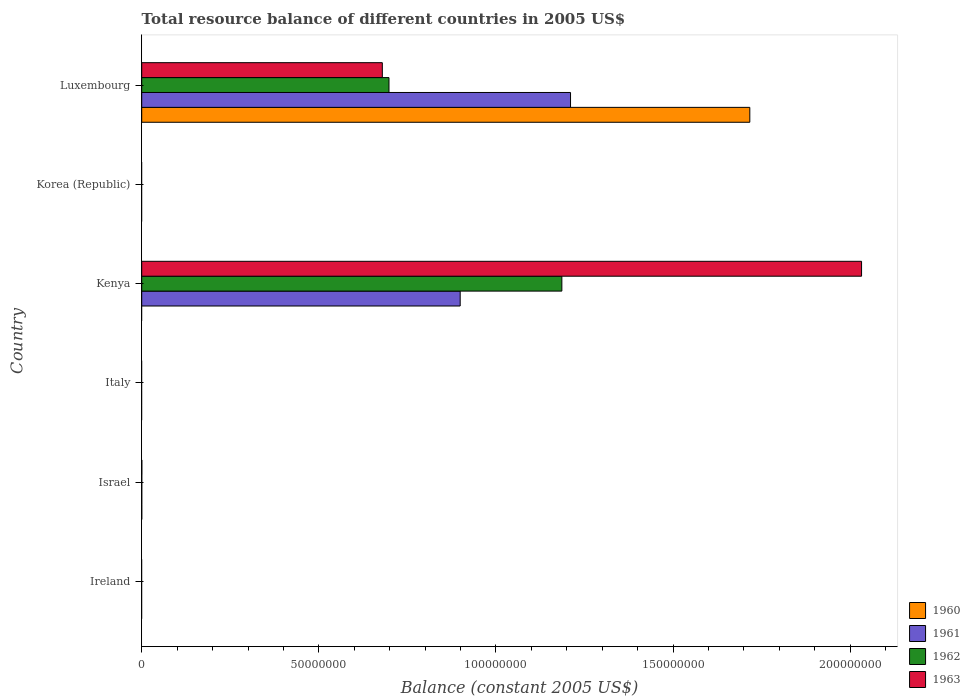
| Country | 1960 | 1961 | 1962 | 1963 |
 | --- | --- | --- | --- | --- |
 | Ireland | -5.05e+07 | -5.25e+07 | -7.1e+07 | -8.26e+07 |
 | Israel | 4.1e+03 | 2e+03 | 8e+03 | 2.37e+04 |
 | Italy | -4.76e+07 | -1.02e+07 | -8.69e+07 | -4.06e+08 |
 | Kenya | -1.46e+08 | 8.99e+07 | 1.19e+08 | 2.03e+08 |
 | Korea (Republic) | -2.32e+10 | -2.84e+10 | -4.15e+10 | -5.56e+10 |
 | Luxembourg | 1.72e+08 | 1.21e+08 | 6.98e+07 | 6.79e+07 |